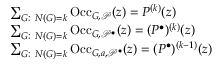
\begin{array} { r l } & { \sum _ { G : \ N ( G ) = k } \mathrm { O c c } _ { G , \mathcal { P } } ( z ) = P ^ { ( k ) } ( z ) } \\ & { \sum _ { G : \ N ( G ) = k } \mathrm { O c c } _ { G , \mathcal { P } ^ { \bullet } } ( z ) = ( P ^ { \bullet } ) ^ { ( k ) } ( z ) } \\ & { \sum _ { G : \ N ( G ) = k } \mathrm { O c c } _ { G , a , \mathcal { P } ^ { \bullet } } ( z ) = ( P ^ { \bullet } ) ^ { ( k - 1 ) } ( z ) } \end{array}